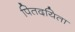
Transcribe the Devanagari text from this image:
पितदयिता